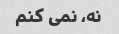
نه، نمی کنم